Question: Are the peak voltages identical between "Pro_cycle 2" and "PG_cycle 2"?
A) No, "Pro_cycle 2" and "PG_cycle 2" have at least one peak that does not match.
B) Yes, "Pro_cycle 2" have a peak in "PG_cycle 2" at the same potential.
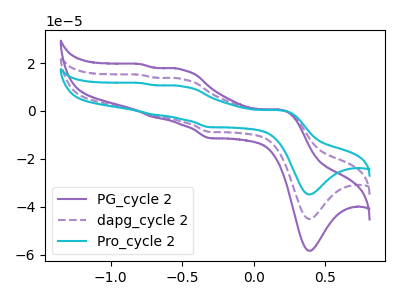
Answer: <think>The purple curve "PG_cycle 2" has anodic peaks at (0.20V, 0.50uA) (-0.50V, 17.25uA) (-0.70V, -2.60uA) (-0.80V, 19.55uA) and cathodic peaks at (0.40V, -58.40uA) (-0.30V, -11.35uA). The purple dashed curve "dapg_cycle 2" has anodic peaks at (0.20V, 0.40uA) (-0.50V, 13.30uA) (-0.70V, -2.00uA) (-0.80V, 15.10uA) and cathodic peaks at (0.40V, -45.10uA) (-0.30V, -8.75uA). The cyan curve "Pro_cycle 2" has anodic peaks at (0.20V, 0.80uA) (-0.50V, 26.65uA) (-0.70V, -4.00uA) (-0.80V, 30.20uA) and cathodic peaks at (0.40V, -90.25uA) (-0.30V, -17.50uA).</think>
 <answer>B) Yes, "Pro_cycle 2" have a peak in "PG_cycle 2" at the same potential.</answer>
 <eval>B</eval>